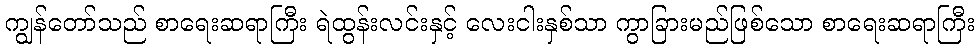
ကျွန်တော်သည် စာရေးဆရာကြီး ရဲထွန်းလင်းနှင့် လေးငါးနှစ်သာ ကွာခြားမည်ဖြစ်သော စာရေးဆရာကြီး